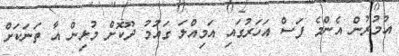
އުމުރުން އެންމެ ފަސް އަހަރުގައި އަމިއްލަ ގައުމު ދޫކޮށް މުޅިން އާ ތަނަކަށް